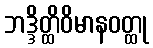
ဘဒ္ဒိတ္ထိဝိမာနဝတ္ထု